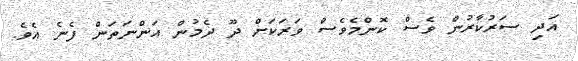
އަދި ސަރުކާރުން ވެސް ކޮންމެވެސް ވަރަކަށް ދޫ ދެމުން އަންނަތަން ފެނެ އެވެ.